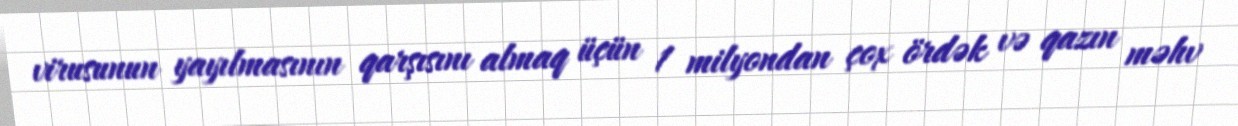
virusunun yayılmasının qarşısını almaq üçün 1 milyondan çox ördək və qazın məhv